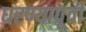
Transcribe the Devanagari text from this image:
धरण्यापूर्वी